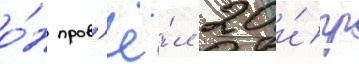
о́н пров'ё́л 20 и́гр